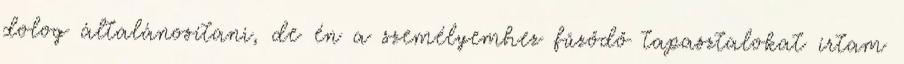
dolog általánosítani, de én a személyemhez fűződő tapasztalokat írtam